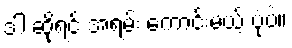
ဒါ ဆိုရင် အရမ်း ကောင်းမယ့် ပုံပဲ။